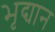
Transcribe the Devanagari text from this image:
भृद्यान